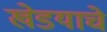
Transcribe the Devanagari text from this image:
खेडयाचे